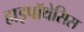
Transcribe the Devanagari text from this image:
हाइपॉथेसिस